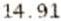
14.91